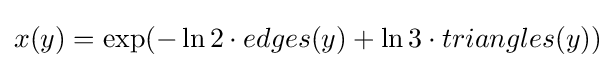
x(y)=\exp(-\ln 2\cdot edges(y)+\ln 3\cdot triangles(y))